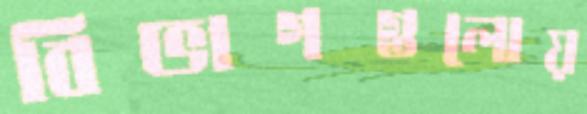
বিভাগগুলোয়